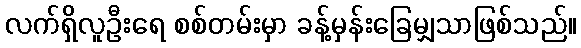
လက်ရှိလူဦးရေ စစ်တမ်းမှာ ခန့်မှန်းခြေမျှသာဖြစ်သည်။